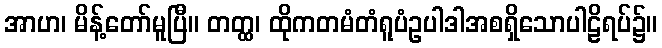
အာဟ၊ မိန့်တော်မူပြီ။ တတ္ထ၊ ထိုကတမံတံရူပံဥပါဒါအစရှိသောပါဠိရပ်၌။